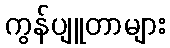
ကွန်ပျူတာများ